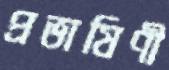
প্রভাষিণী